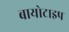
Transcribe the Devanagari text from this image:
बायोटाइप